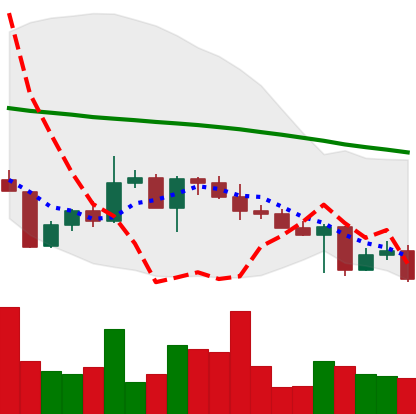
Ticker: XLM-USD
Chart end date: 2022-04-29
Forward return: 3.738%
Label: up_3_5